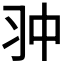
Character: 𠁨